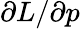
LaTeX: \partial L/\partial p